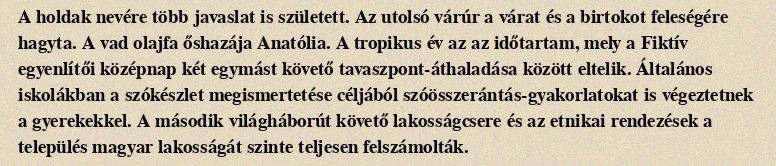
A holdak nevére több javaslat is született. Az utolsó várúr a várat és a birtokot feleségére hagyta. A vad olajfa őshazája Anatólia. A tropikus év az az időtartam, mely a Fiktív egyenlítői középnap két egymást követő tavaszpont-áthaladása között eltelik. Általános iskolákban a szókészlet megismertetése céljából szóösszerántás-gyakorlatokat is végeztetnek a gyerekekkel. A második világháborút követő lakosságcsere és az etnikai rendezések a település magyar lakosságát szinte teljesen felszámolták.